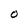
Character: O